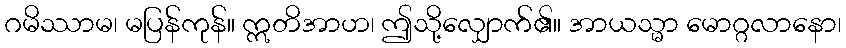
ဂမိဿာမ၊ မပြန်ကုန်။ ဣတိအာဟ၊ ဤသို့လျှောက်၏။ အာယသ္မာ မောဂ္ဂလာနော၊